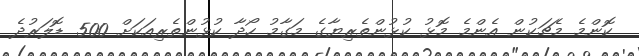
ކޮންމެ މެޗަކުން އެންމެ މޮޅު ކުޅުންތެރިޔާގެ މަގާމު ހޯދާ ކުޅުންތެރިއަކަށް 500 ޑޮލަރުދެ